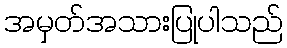
အမှတ်အသားပြုပါသည်